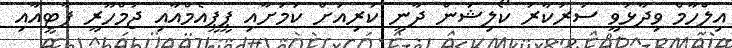
އިލްހާމް ވިދާޅުވީ ސަރުކާރު ކޯލިޝަން ދާނީ ކުރިއަށް ކަމަށާއި ޕީޕީއެމްއާއި ޖުމްހޫރީ ޕާޓީއާއި